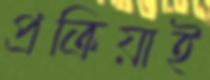
প্রক্রিয়াই